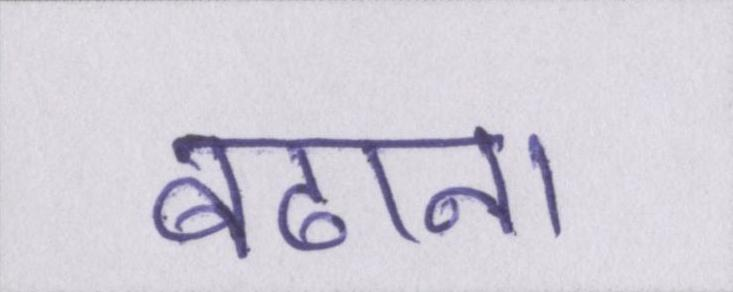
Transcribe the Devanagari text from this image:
बढाना